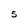
Character: 5